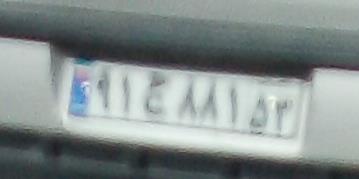
۹۱ج۸۸۱۵۳